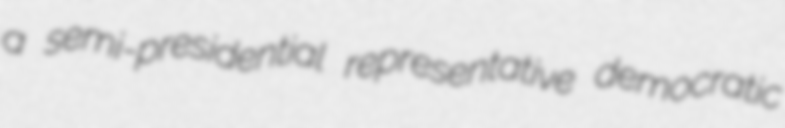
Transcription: a semi-presidential representative democratic